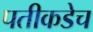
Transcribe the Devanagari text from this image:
पतीकडेच